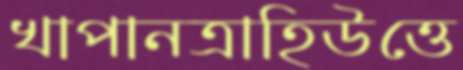
খাপানত্রাহিউত্তে